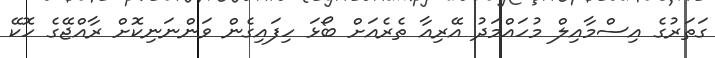
ގަތަރުގެ އިސްމާއިލް މުހައްމަދު އޭރިއާ ތެރެއަށް ބޯޅަ ހިފައިގެން ވަންނަނިކޮށް ރާއްޖޭގެ ހޮކޭ